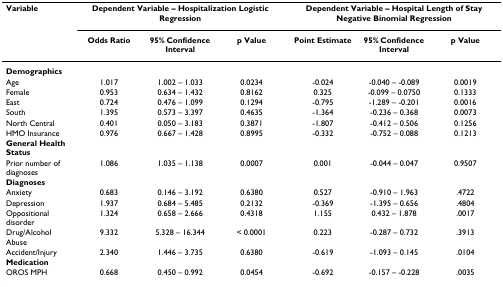
<table><thead><tr><td><b>Variable</b></td><td colspan="3"><b>Dependent Variable – Hospitalization Logistic Regression</b></td><td colspan="3"><b>Dependent Variable – Hospital Length of Stay Negative Binomial Regression</b></td></tr><tr><td></td><td><b>Odds Ratio</b></td><td><b>95% Confidence Interval</b></td><td><b>p Value</b></td><td><b>Point Estimate</b></td><td><b>95% Confidence Interval</b></td><td><b>p Value</b></td></tr></thead><tbody><tr><td><b>Demographics</b></td><td></td><td></td><td></td><td></td><td></td><td></td></tr><tr><td>Age</td><td>1.017</td><td>1.002 – 1.033</td><td>0.0234</td><td>-0.024</td><td>-0.040 – -0.089</td><td>0.0019</td></tr><tr><td>Female</td><td>0.953</td><td>0.634 – 1.432</td><td>0.8162</td><td>0.325</td><td>-0.099 – 0.0750</td><td>0.1333</td></tr><tr><td>East</td><td>0.724</td><td>0.476 – 1.099</td><td>0.1294</td><td>-0.795</td><td>-1.289 – -0.201</td><td>0.0016</td></tr><tr><td>South</td><td>1.395</td><td>0.573 – 3.397</td><td>0.4635</td><td>-1.364</td><td>-0.236 – 0.368</td><td>0.0073</td></tr><tr><td>North Central</td><td>0.401</td><td>0.050 – 3.183</td><td>0.3871</td><td>-1.807</td><td>-0.412 – 0.506</td><td>0.1256</td></tr><tr><td>HMO Insurance</td><td>0.976</td><td>0.667 – 1.428</td><td>0.8995</td><td>-0.332</td><td>-0.752 – 0.088</td><td>0.1213</td></tr><tr><td><b>General Health Status</b></td><td></td><td></td><td></td><td></td><td></td><td></td></tr><tr><td>Prior number of diagnoses</td><td>1.086</td><td>1.035 – 1.138</td><td>0.0007</td><td>0.001</td><td>-0.044 – 0.047</td><td>0.9507</td></tr><tr><td><b>Diagnoses</b></td><td></td><td></td><td></td><td></td><td></td><td></td></tr><tr><td>Anxiety</td><td>0.683</td><td>0.146 – 3.192</td><td>0.6380</td><td>0.527</td><td>-0.910 – 1.963</td><td>.4722</td></tr><tr><td>Depression</td><td>1.937</td><td>0.684 – 5.485</td><td>0.2132</td><td>-0.369</td><td>-1.395 – 0.656</td><td>.4804</td></tr><tr><td>Oppositional disorder</td><td>1.324</td><td>0.658 – 2.666</td><td>0.4318</td><td>1.155</td><td>0.432 – 1.878</td><td>.0017</td></tr><tr><td>Drug/Alcohol Abuse</td><td>9.332</td><td>5.328 – 16.344</td><td>&lt; 0.0001</td><td>0.223</td><td>-0.287 – 0.732</td><td>.3913</td></tr><tr><td>Accident/Injury</td><td>2.340</td><td>1.446 – 3.735</td><td>0.6380</td><td>-0.619</td><td>-1.093 – 0.145</td><td>.0104</td></tr><tr><td><b>Medication</b></td><td></td><td></td><td></td><td></td><td></td><td></td></tr><tr><td>OROS MPH</td><td>0.668</td><td>0.450 – 0.992</td><td>0.0454</td><td>-0.692</td><td>-0.157 – -0.228</td><td>.0035</td></tr></tbody></table>